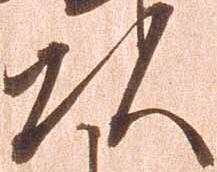
頭